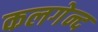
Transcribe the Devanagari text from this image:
कलगेन्द